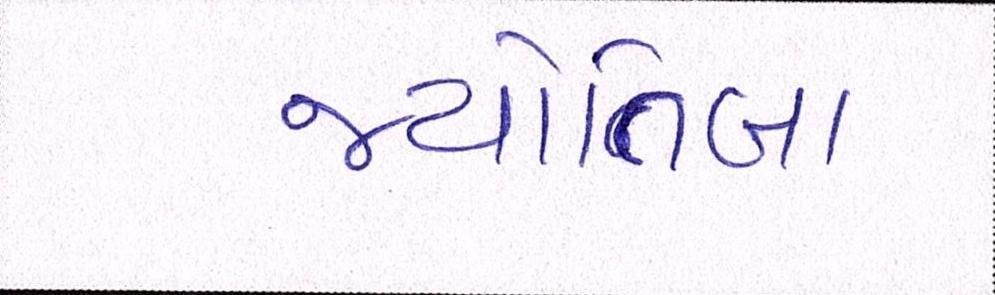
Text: જ્યોતિબા